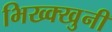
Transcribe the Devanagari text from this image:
भिख्क्खुनी